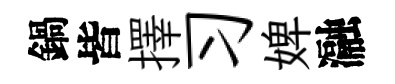
鍋皆擇习婢瀜